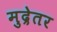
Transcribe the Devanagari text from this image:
मुद्रेतर